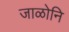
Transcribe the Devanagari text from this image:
जाळोनि